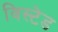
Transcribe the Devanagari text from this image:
विस्टेड